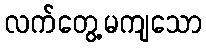
လက်တွေ့မကျသော